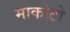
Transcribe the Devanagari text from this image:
माकोटो